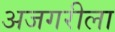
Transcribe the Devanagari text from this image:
अजगरीला